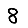
Digit: 8